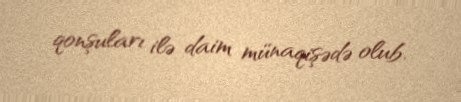
qonşuları ilə daim münaqişədə olub.